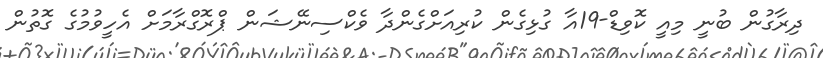
ދިރާގުން ބުނީ މިއީ ކޮވިޑް-19އާ ގުޅިގެން ކުރިއަށްގެންދާ ވެކްސިނޭޝަން ޕްރޮގްރާމަށް އެހީވުމުގެ ގޮތުން